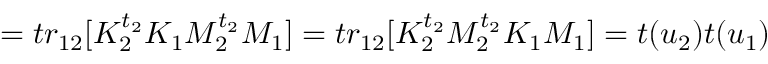
= t r _ { 1 2 } [ K _ { 2 } ^ { t _ { 2 } } K _ { 1 } M _ { 2 } ^ { t _ { 2 } } M _ { 1 } ] = t r _ { 1 2 } [ K _ { 2 } ^ { t _ { 2 } } M _ { 2 } ^ { t _ { 2 } } K _ { 1 } M _ { 1 } ] = t ( u _ { 2 } ) t ( u _ { 1 } )